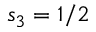
s _ { 3 } = 1 / 2